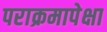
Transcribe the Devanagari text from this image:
पराक्रमापेक्षा